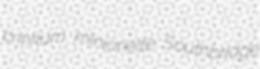
crinkum minionette Southbridge